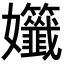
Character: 𡤷